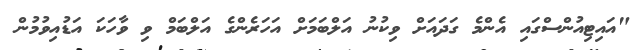
"އައިޓިއުންސްގައި އެންމެ ގަދައަށް ވިކުނު އަލްބަމަށް އަހަރެންގެ އަލްބަމް ވި ވާހަކަ އަޑުއިވުމުން